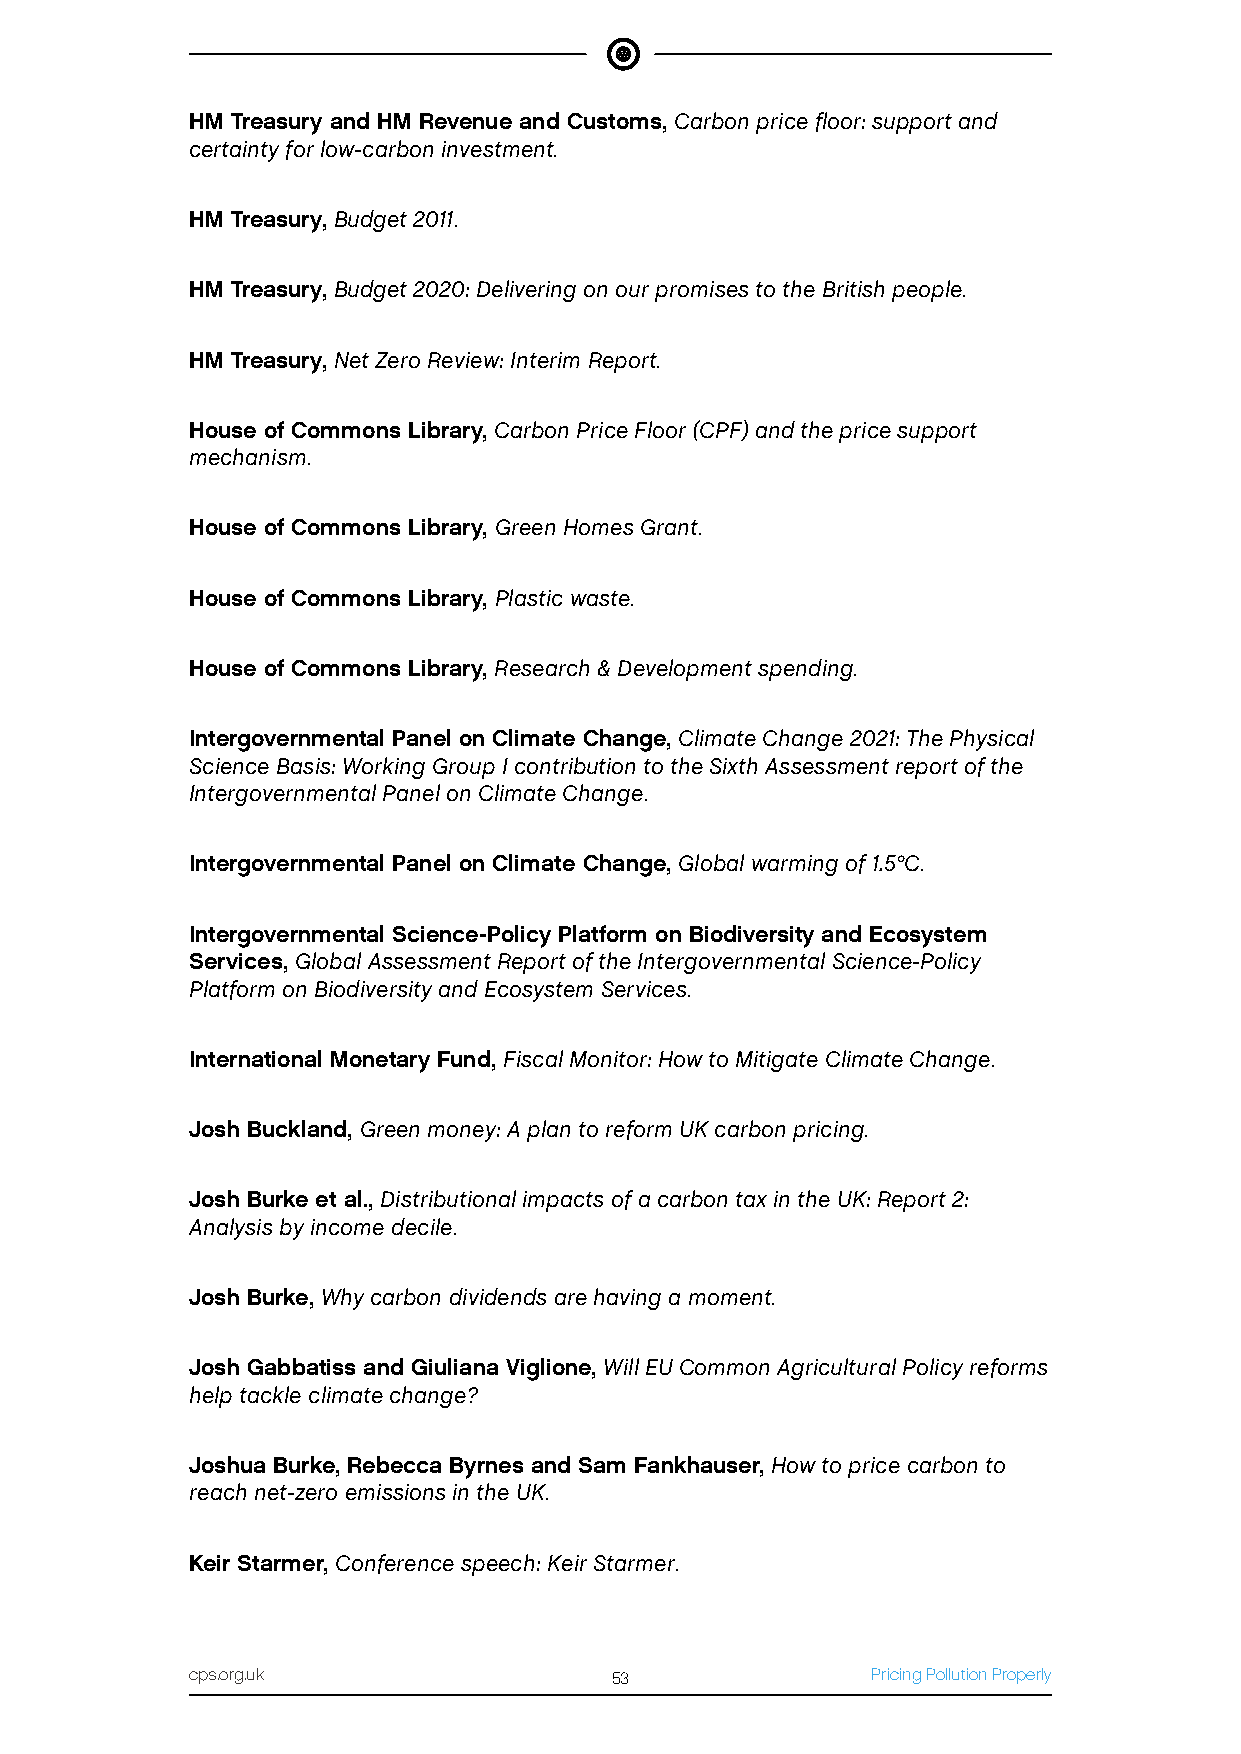
HM Treasury and HM Revenue and Customs, Carbon price floor: support and
 certainty for low-carbon investment.
 HM Treasury, Budget 2011.
 HM Treasury, Budget 2020: Delivering on our promises to the British people.
 HM Treasury, Net Zero Review: Interim Report.
 House of Commons Library, Carbon Price Floor (CPF) and the price support
 mechanism.
 House of Commons Library, Green Homes Grant.
 House of Commons Library, Plastic waste.
 House of Commons Library, Research & Development spending.
 Intergovernmental Panel on Climate Change, Climate Change 2021: The Physical
 Science Basis: Working Group I contribution to the Sixth Assessment report of the
 Intergovernmental Panel on Climate Change.
 Intergovernmental Panel on Climate Change, Global warming of 1.5°C.
 Intergovernmental Science-Policy Platform on Biodiversity and Ecosystem
 Services, Global Assessment Report of the Intergovernmental Science-Policy
 Platform on Biodiversity and Ecosystem Services.
 International Monetary Fund, Fiscal Monitor: How to Mitigate Climate Change.
 Josh Buckland, Green money: A plan to reform UK carbon pricing.
 Josh Burke et al., Distributional impacts of a carbon tax in the UK: Report 2:
 Analysis by income decile.
 Josh Burke, Why carbon dividends are having a moment.
 Josh Gabbatiss and Giuliana Viglione, Will EU Common Agricultural Policy reforms
 help tackle climate change?
 Joshua Burke, Rebecca Byrnes and Sam Fankhauser, How to price carbon to
 reach net-zero emissions in the UK.
 Keir Starmer, Conference speech: Keir Starmer.
 cps.org.uk                 53                Pricing Pollution Properly